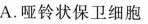
A.哑铃状保卫细胞